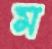
ম